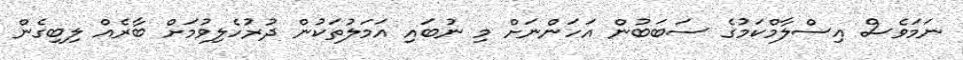
ނަމަވެސް އިސްލާމްކަމުގެ ސަބަބުން އަހަންނަށް މި ނުބައި އަމަލުތަކުން ދުރުހެލިވުމަށް ބާރެއް ލިބިގެން